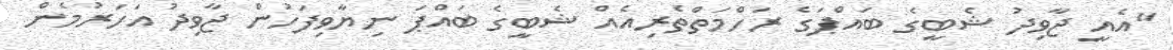
"އެއީ ޖާވިދު ޝެބީގެ ބައްޕަގެ ރަހްމަތްތެރިއެއް ޝެބީގެ ބައްޕަ ނިޔާވިފަހުން ޖާވިދު އަހަރުމެން